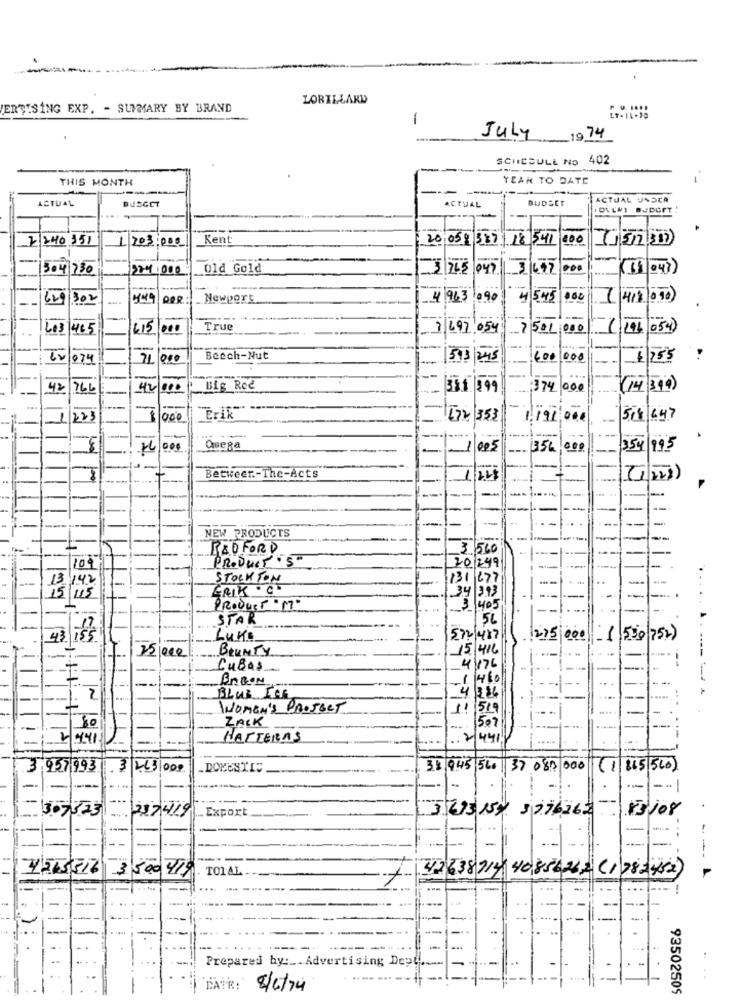
LORILLARD
ERTISING EXP. - SUMMARY BY BRAND
1
July
SCHEDULE NO 402
THIS MONTH
YEAR TO DATE
-
.-
-----
ACTUAL
DJSGET
ACTUAL
BUDSET
ACTUAL UNDCA
2240351
1 703,000
Kent
200581387 18 541,000
304 730
_Old Gold
3 76
247
692
302
_Newport
4 963
090
4
545
( 4/8 090)
603
465
€15 000
True
7 697,054
7501,000
( 146 054)
-
074
71 000
Beech-Nut
593/ 245
600 000
$/255
-
42 766
42 000
Big Ree
:374
000
(14 399)
-
-
223
672 353
1.191,000
518 647
Quera
1
005
356
354
993
Betweer .- The-Acts
24
-
--
--
--
NEW PRODUCTS
-
BEDFORD
3 560
PRODUCT .5"
100
20/249
STOCKTON
1677
42
ERIK . CO
PROduer "PT"
405
STAR
56
43
155
LUKE
572/417
1275 000
1 ,530 752)
BOUNTY
15/416
CuBas
4 176
Breon
BLUE ICE
WOMEN'S PROJECT
519
ZACK
50
HATTERAS
:2/44
3.957.993
3
263 000
.DOMESTIC
38,9.45 56 37 083 000
815 510)
307523
237419
.Export
3.615154 3776262
13/08
- --
4265316
3 500 419
TOTAL
42638714 40856262 (1 783452 )
-
-
..
+
Prepared by :__ Advertising Dept
..
MATR:'
8/6/74
93502505